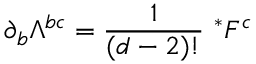
\partial _ { b } \Lambda ^ { b c } = \frac { 1 } { ( d - 2 ) ! } ~ ^ { * } F ^ { c }